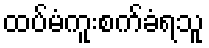
ထပ်မံကူးစက်ခံရသူ